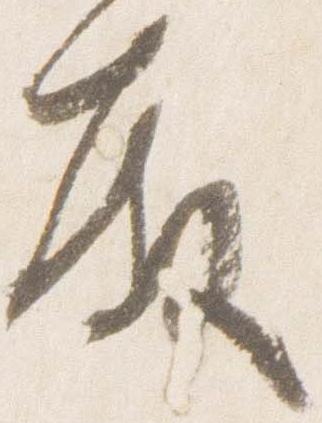
殿